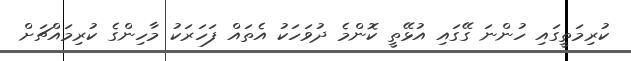
ކުރިމަތީގައި ހުންނަ ގޭގައި އުޅޭތީ ކޮންމެ ދުވަހަކު އެތައް ފަހަރަކު މާހިންގެ ކުރިމައްޗަށް